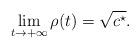
LaTeX: \begin{align*}\lim_{t\to+\infty}\rho(t)=\sqrt{c^\star}.\end{align*}